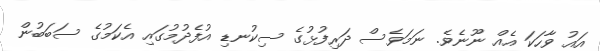
އައު ވާހަކަ އެއް ނޫނެވެ. ނަމަވެސް ދަރިފުޅުގެ ސިކުނޑި އުފެދުމުގައި އެކަމުގެ ސަބަބުން